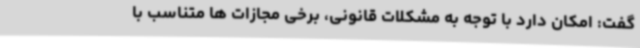
گفت: امکان دارد با توجه به مشکلات قانونی، برخی مجازات ها متناسب با